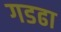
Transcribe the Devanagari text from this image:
गडढा